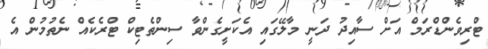
ޓްރިވެންޑްރަމް އަށް ސާއިދު ދަނީ މާލޭގައި އެކަށީގެންވާ ސިންތެޓިކް ޓްރެކެއް ނެތުމުން އެ